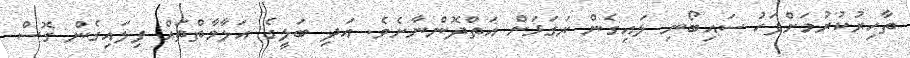
ތާހިރުކުރުމަށްފަހު ސައިބޯނި ލައިގެން ރަގަޅަށް އަތްދޮންނާށެވެ. އަދި ބަލީގެ އަލާމާތްތައް ފިލައިގެން ގޮސް